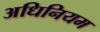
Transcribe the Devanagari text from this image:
अधिनियम